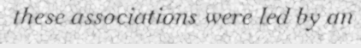
these associations were led by an